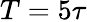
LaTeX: T=5\tau